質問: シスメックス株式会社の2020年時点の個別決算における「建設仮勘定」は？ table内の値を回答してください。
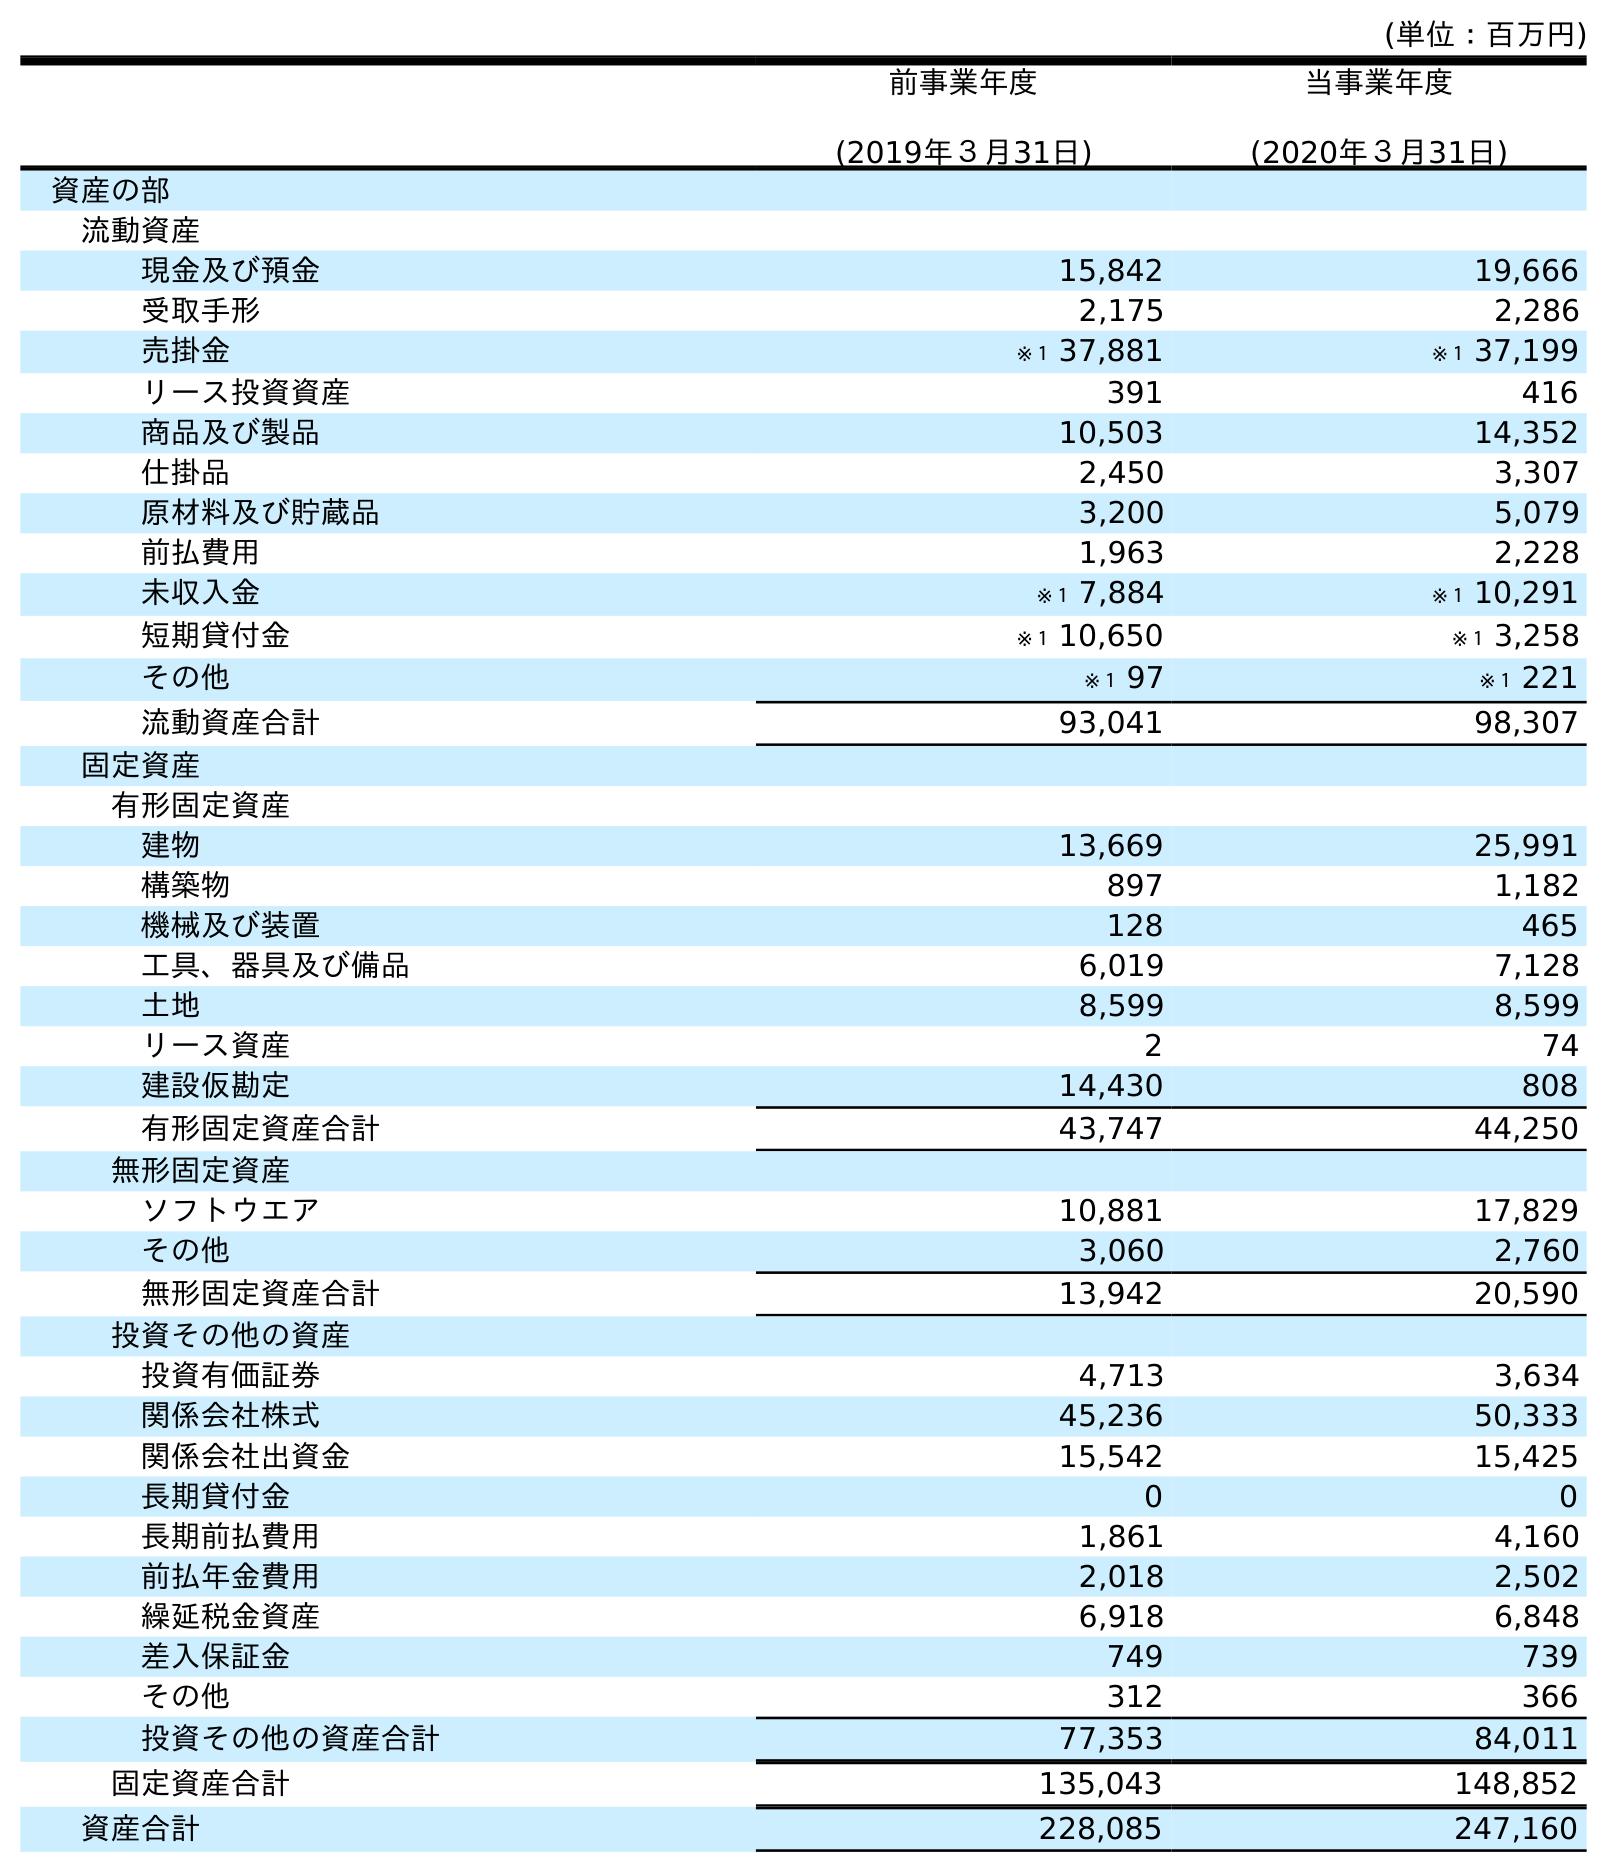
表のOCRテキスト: (単位：百万円) 前事業年度 (2019年３月31日) 当事業年度 (2020年３月31日) 資産の部 流動資産 現金及び預金 15,842 19,666 受取手形 2,175 2,286 売掛金 ※１ 37,881 ※１ 37,199 リース投資資産 391 416 商品及び製品 10,503 14,352 仕掛品 2,450 3,307 原材料及び貯蔵品 3,200 5,079 前払費用 1,963 2,228 未収入金 ※１ 7,884 ※１ 10,291 短期貸付金 ※１ 10,650 ※１ 3,258 その他 ※１ 97 ※１ 221 流動資産合計 93,041 98,307 固定資産 有形固定資産 建物 13,669 25,991 構築物 897 1,182 機械及び装置 128 465 工具、器具及び備品 6,019 7,128 土地 8,599 8,599 リース資産 2 74 建設仮勘定 14,430 808 有形固定資産合計 43,747 44,250 無形固定資産 ソフトウエア 10,881 17,829 その他 3,060 2,760 無形固定資産合計 13,942 20,590 投資その他の資産 投資有価証券 4,713 3,634 関係会社株式 45,236 50,333 関係会社出資金 15,542 15,425 長期貸付金 0 0 長期前払費用 1,861 4,160 前払年金費用 2,018 2,502 繰延税金資産 6,918 6,848 差入保証金 749 739 その他 312 366 投資その他の資産合計 77,353 84,011 固定資産合計 135,043 148,852 資産合計 228,085 247,160
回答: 808